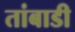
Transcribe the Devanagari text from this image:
तांबाडी